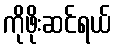
ကိုဖိုးဆင်ရယ်